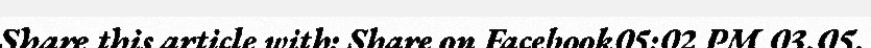
Share this article with: Share on Facebook05:02 PM 03.05.